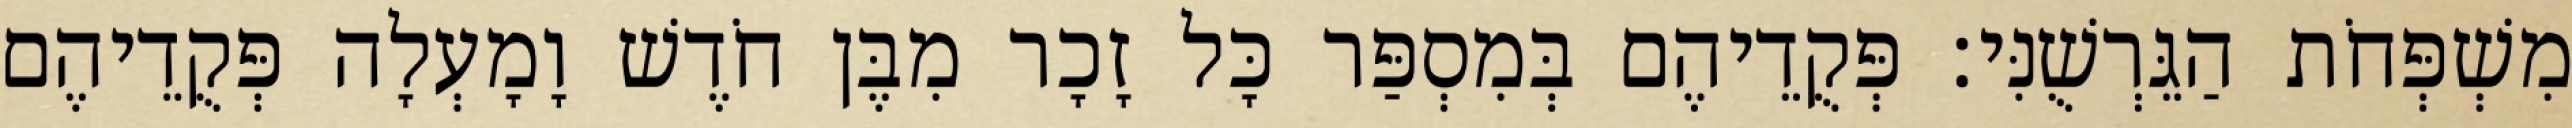
מִשְׁפְּחֹת הַגֵּרְשֻׁנִּי׃ פְּקֻדֵיהֶם בְּמִסְפַּר כָּל זָכָר מִבֶּן חֹדֶשׁ וָמָעְלָה פְּקֻדֵיהֶם